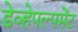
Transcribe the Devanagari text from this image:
डेव्हेपल्पमेंट